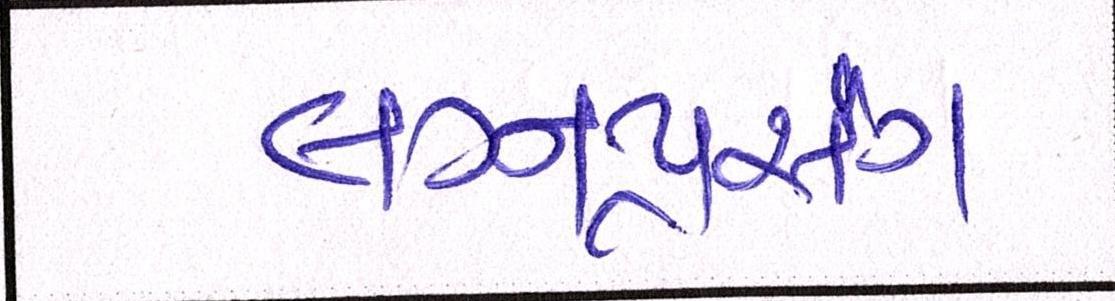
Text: લગ્નપ્રસંગ